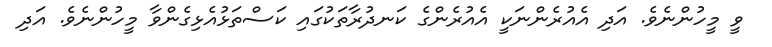
ވީ މީހުންނެވެ. އަދި އެއުރެންނަކީ އެއުރެންގެ ކަނދުރާތަކުގައި ކަސްތަޅުއެޅިގެންވާ މީހުންނެވެ. އަދި